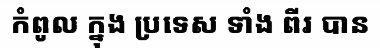
កំពូល ក្នុង ប្រទេស ទាំង ពីរ បាន